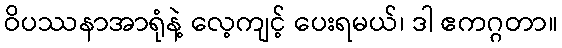
ဝိပဿနာအာရုံနဲ့ လေ့ကျင့် ပေးရမယ်၊ ဒါ ဧကဂ္ဂတာ။